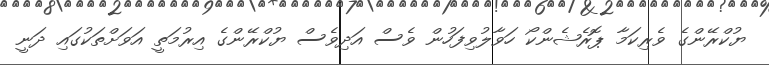
ޔުކްރޭންގެ ވެރިކަމާ ޕޮރެޝެންކޯ ހަވާލުވިފަހުން ވެސް އަދިވެސް ޔުކްރޭންގެ އިރުމަތީ އަވަށްތަކުގައި ދަނީ